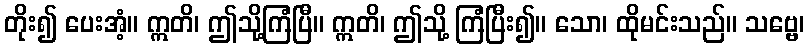
တိုး၍ ပေးအံ့။ ဣတိ၊ ဤသို့ကြံပြီ။ ဣတိ၊ ဤသို့ ကြံပြီး၍။ သော၊ ထိုမင်းသည်။ သဗ္ဗေ၊